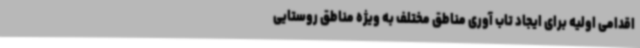
اقدامی اولیه برای ایجاد تاب آوری مناطق مختلف به ویژه مناطق روستایی